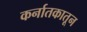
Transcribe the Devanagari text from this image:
कर्नातकातून